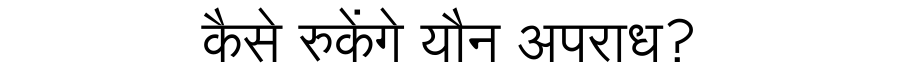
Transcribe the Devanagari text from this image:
कैसे रुकेंगे यौन अपराध?